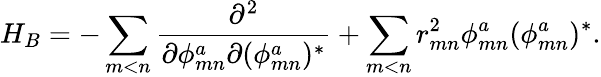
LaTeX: H_{B}=-\sum_{m<n}\frac{\partial^{2}}{\partial\phi_{mn}^{a}\partial(\phi_{mn}^{a})^{*}}+\sum_{m<n}r_{mn}^{2}\phi_{mn}^{a}(\phi_{mn}^{a})^{*}.